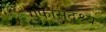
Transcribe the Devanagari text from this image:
गुंफासदृश्य